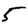
Digit: 5